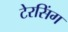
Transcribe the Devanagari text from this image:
टेरसिंग